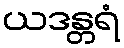
ယဒန္တရံ